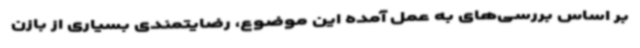
بر اساس بررسی‌های به عمل آمده این موضوع، رضایتمندی بسیاری از بازن